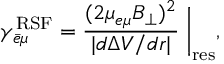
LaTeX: \gamma _ { \bar { e } \mu } ^ { \mathrm { R S F } } = \frac { ( 2 \mu _ { e \mu } B _ { \perp } ) ^ { 2 } } { | d \Delta V / d r | } \biggm | _ { \mathrm { r e s } } ,